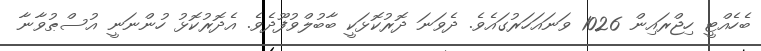
ބެހެއްޓީ ހިޖްރައިން 1026 ވަނައަހަރުގައެވެ. ދެވަނަ ދޮރުކޮޅަކީ ބާބުލްވުފޫދެވެ. އެދޮރުކޮޅު ހުންނަނީ އުސްޠުވާނާ